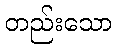
တည်းသော